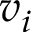
v _ { i }